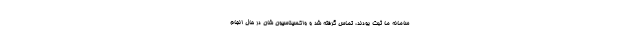
سامانه ما ثبت بودند، تماس گرفته شد و واکسیناسیون شان در حال انجام